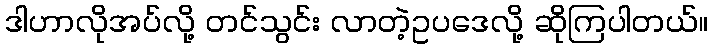
ဒါဟာလိုအပ်လို့ တင်သွင်း လာတဲ့ဥပဒေလို့ ဆိုကြပါတယ်။